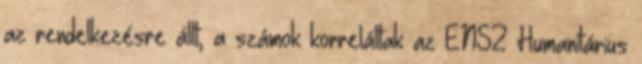
az rendelkezésre állt, a számok korreláltak az ENSZ Humanitárius